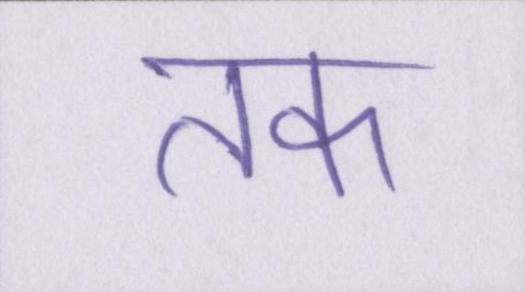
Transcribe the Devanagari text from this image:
तक